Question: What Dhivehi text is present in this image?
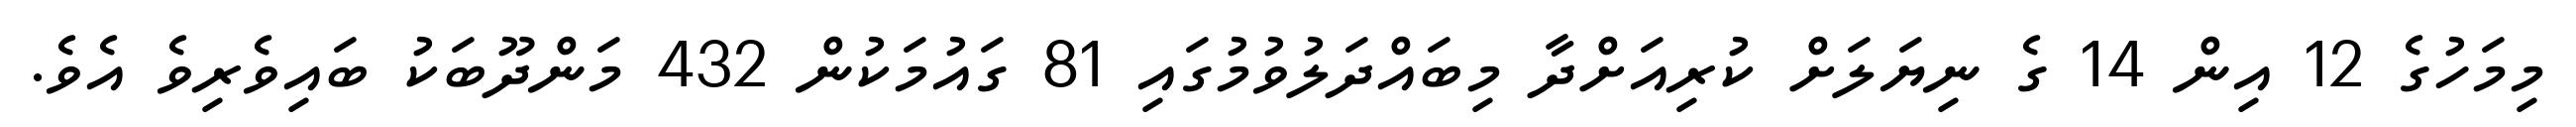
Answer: މިމަހުގެ 12 އިން 14 ގެ ނިޔަލަށް ކުރިއަށްދާ މިބައްދަލުވުމުގައި 81 ގައުމަކުން 432 މަންދޫބަކު ބައިވެރިވެ އެވެ.